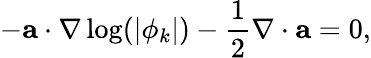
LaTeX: -\mathbf{a}\cdot\nabla\log(|\phi_{k}|)-\frac{1}{2}\nabla\cdot\mathbf{a}=0,